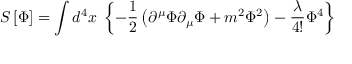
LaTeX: S \left[ \Phi \right] = \int d ^ { 4 } x \; \left\{ - \frac { 1 } { 2 } \left( \partial ^ { \mu } \Phi \partial _ { \mu } \Phi + m ^ { 2 } \Phi ^ { 2 } \right) - \frac \lambda { 4 ! } \Phi ^ { 4 } \right\}